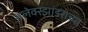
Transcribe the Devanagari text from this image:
अलेक्स्झांडराच्या